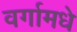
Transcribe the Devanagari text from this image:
वर्गामधे